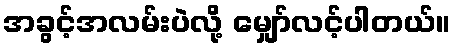
အခွင့်အလမ်းပဲလို့ မျှော်လင့်ပါတယ်။